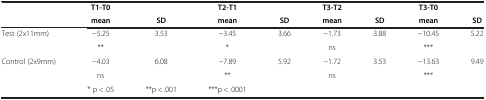
|  | T1-T0 |  | T2-T1 |  | T3-T2 |  | T3-T0 |  |
 |  | mean | SD | mean | SD | mean | SD | mean | SD |
 | --- | --- | --- | --- | --- | --- | --- | --- | --- |
 | Test (2x11mm) | −5.25 | 3.53 | −3.45 | 3.66 | −1.73 | 3.88 | −10.45 | 5.22 |
 |  | ** |  | * |  | ns |  | *** |  |
 | Control (2x9mm) | −4.03 | 6.08 | −7.89 | 5.92 | −1.72 | 3.53 | −13.63 | 9.49 |
 |  | ns |  | ** |  | ns |  | *** |  |
 |  | * p < .05 | **p < .001 | ***p < .0001 |  |  |  |  |  |